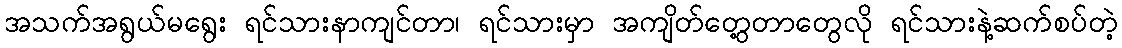
အသက်အရွယ်မရွေး ရင်သားနာကျင်တာ၊ ရင်သားမှာ အကျိတ်တွေ့တာတွေလို ရင်သားနဲ့ဆက်စပ်တဲ့